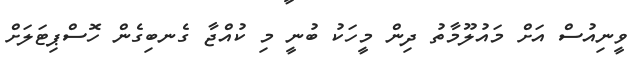
ވީނިއުސް އަށް މައުލޫމާތު ދިން މީހަކު ބުނީ މި ކުއްޖާ ގެނބިގެން ހޮސްޕިޓަލަށް